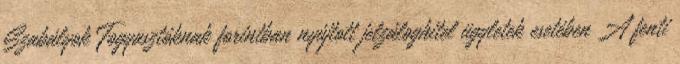
Szabályok Fogyasztóknak forintban nyújtott jelzáloghitel ügyletek esetében A fenti